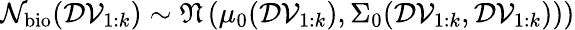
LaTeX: \mathcal{N}_{\mathrm{bio}}(\mathcal{DV}_{1:k})\sim{\mathfrak{N}}\left(\mu_{0}(\mathcal{DV}_{1:k}),\Sigma_{0}(\mathcal{DV}_{1:k},\mathcal{DV}_{1:k}))\right)